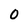
Character: 0